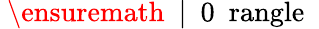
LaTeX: \mathrm{~\ensuremath~{~\vert~\mathrm{~0~\ rangle~}}~}